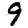
Digit: 9